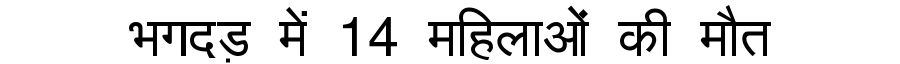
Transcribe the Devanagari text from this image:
भगदड़ में 14 महिलाओं की मौत